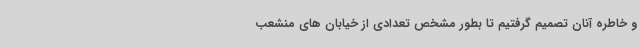
و خاطره آنان تصمیم گرفتیم تا بطور مشخص تعدادی از خیابان های منشعب